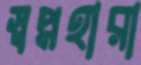
স্বপ্নহারা